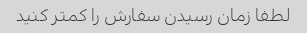
لطفا زمان رسیدن سفارش را کمتر کنید